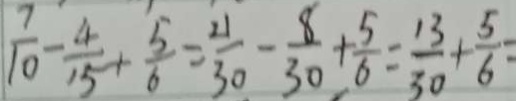
\frac { 7 } { 1 0 } - \frac { 4 } { 1 5 } + \frac { 5 } { 6 } = \frac { 2 1 } { 3 0 } - \frac { 8 } { 3 0 } + \frac { 5 } { 6 } = \frac { 1 3 } { 3 0 } + \frac { 5 } { 6 } =